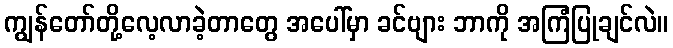
ကျွန်တော်တို့လေ့လာခဲ့တာတွေ အပေါ်မှာ ခင်ဗျား ဘာကို အကြံပြုချင်လဲ။